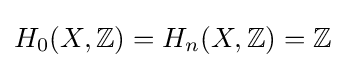
H_{0}(X,\mathbb {Z} )=H_{n}(X,\mathbb {Z} )=\mathbb {Z}